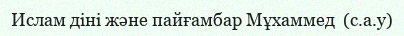
Ислам діні және пайғамбар Мұхаммед  (с.а.у)